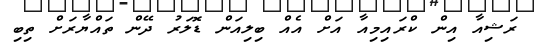
ރަޝިއާ އިން ކްރައިމިއާ އަށް އެއް ބިލިއަން ޑޮލަރު ދޭން ތައްޔާރަށް ތިބި